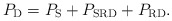
\begin{align*}P_{\mathrm{D}} = P_{\mathrm{S}} + P_{\mathrm{SRD}} + P_{\mathrm{RD}}.\end{align*}